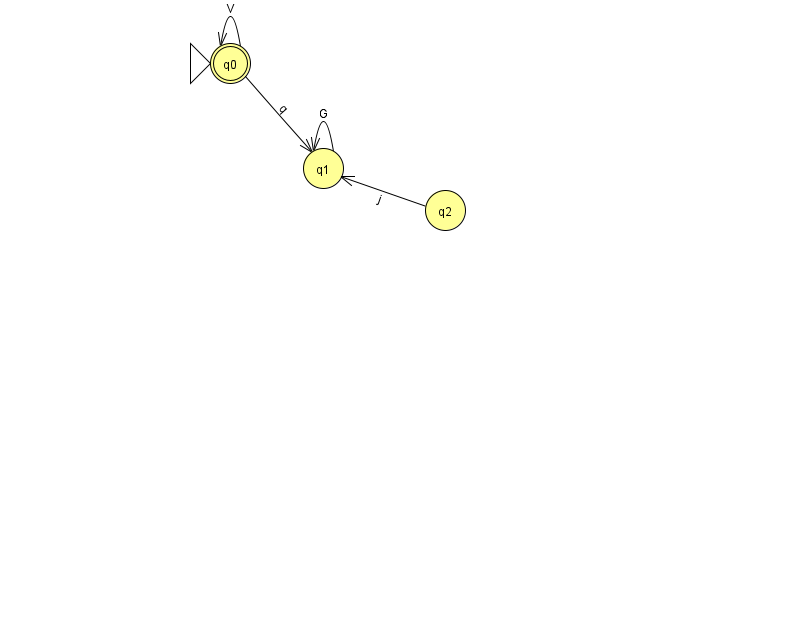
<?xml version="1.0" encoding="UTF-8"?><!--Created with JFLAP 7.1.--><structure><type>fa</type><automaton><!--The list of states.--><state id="0" name="q0"><x>230.0</x><y>50.0</y><initial/><final/></state><state id="1" name="q1"><x>323.0</x><y>155.0</y></state><state id="2" name="q2"><x>445.0</x><y>197.0</y></state><!--The list of transitions.--><transition><from>0</from><to>0</to><read>V</read></transition><transition><from>1</from><to>1</to><read>G</read></transition><transition><from>2</from><to>1</to><read>j</read></transition><transition><from>0</from><to>1</to><read>q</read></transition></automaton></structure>